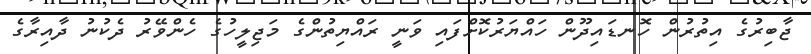
ޖާބިރުގެ އިތުރުން ހޮނޑައިދޫން ހައްޔަރުކޮށްފައި ވަނީ ރައްޔިތުންގެ މަޖިލީހުގެ ހެންވޭރު ދެކުނު ދާއިރާގެ